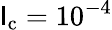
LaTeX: \mathsf{l}_{\mathrm{{c}}}=10^{-4}